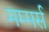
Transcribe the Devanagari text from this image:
मम्मर्स